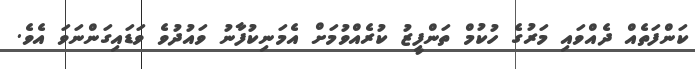
ކަންފަތެއް ދެއްވައި މަރުގެ ހުކުމް ތަންފީޒު ކުރެއްވުމަށް އެމަނިކުފާނު ވައުދުވެ ވަޑައިގަންނަވަ އެވެ.